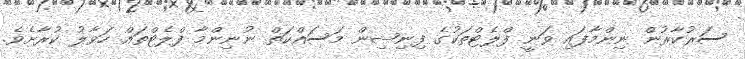
ސަރުކާރުން ނިންމާފައި ވަނީ ފްލެޓްތަކުގެ ފިނިޝިން މަސައްކަތް ނުނިންމާ ފްލެޓްތައް ހަވާލު ކުރާށެވެ.